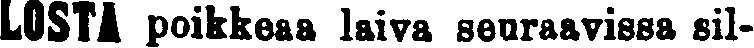
LOSTA poikkeaa laiva seuraavissa sil-